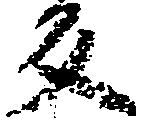
反